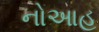
નોઆહ